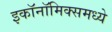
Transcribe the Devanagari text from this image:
इकाॅनाॅमिक्समध्ये